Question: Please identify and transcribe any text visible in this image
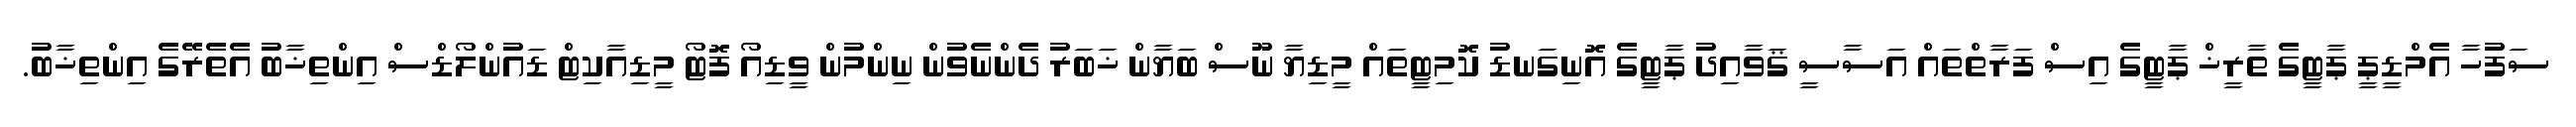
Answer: ސަފުހާ އެމްޑީޕީ ޕާޓީގެ ތާރީޚް ޕާޓީގެ އިސް ފަރާތްތައް އަސާސީ ޤަވާއިދު ޕާޓީގެ އޮނިގަނޑު ކޮމިޓީތައް މީޑިޔާ ނޫސް ބަޔާން ޚަބަރު ދެންނެވުން ނިންމުން ވީޑިއޯ ފޮޓޯ މީޑިއާކިޓް ޑައުންލޯޑްސް އިންތިޚާބު އެތެރޭގެ އިންތިޚާބު.